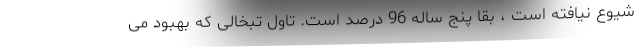
شیوع نیافته است ، بقا پنج ساله 96 درصد است. تاول تبخالی که بهبود می